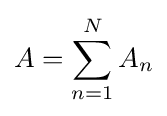
A=\sum _{n=1}^{N}A_{n}\,\!